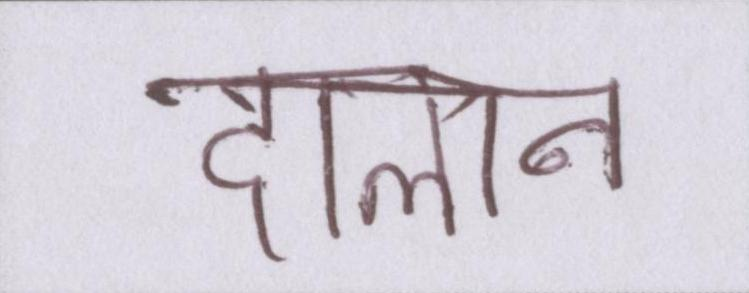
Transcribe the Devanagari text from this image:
दालान